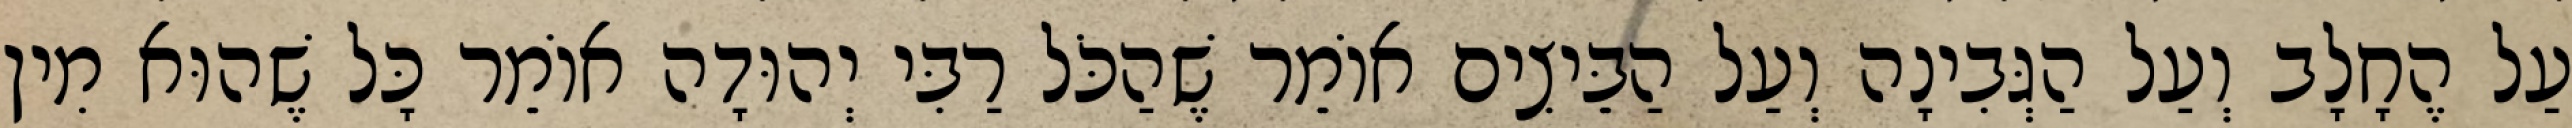
עַל הֶחָלָב וְעַל הַגְּבִינָה וְעַל הַבֵּיצִים אוֹמֵר שֶׁהַכֹּל רַבִּי יְהוּדָה אוֹמֵר כָּל שֶׁהוּא מִין